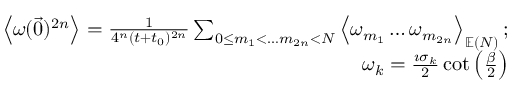
\begin{array} { r l r } & { } & { \left\langle \omega ( \vec { 0 } ) ^ { 2 n } \right\rangle = \frac { 1 } { 4 ^ { n } ( t + t _ { 0 } ) ^ { 2 n } } \sum _ { 0 \le m _ { 1 } < \dots m _ { 2 n } < N } \left\langle \omega _ { m _ { 1 } } \dots \omega _ { m _ { 2 n } } \right\rangle _ { \mathbb { E } ( N ) } ; } \\ & { } & { \omega _ { k } = \frac { \imath \sigma _ { k } } { 2 } \cot \left( \frac { \beta } { 2 } \right) } \end{array}